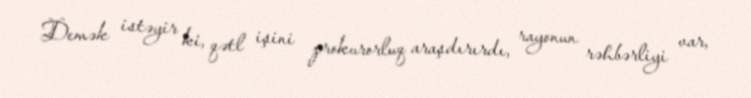
Demək istəyir ki, qətl işini prokurorluq araşdırırdı, rayonun rəhbərliyi var,